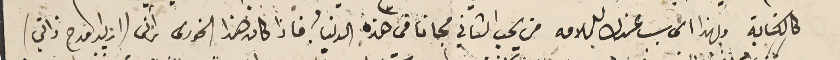
كالكتابة وبهذا الى سبب عندك للملامه من يحب الثاني مجاناً فى هذه الدينا فاذا كان هذا الخورى آذنى (ازيد مدح ذاتي)